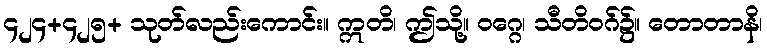
၄၂၄+၄၂၅+ သုတ်လည်းကောင်း။ ဣတိ၊ ဤသို့။ ဝဂ္ဂေ၊ သီတိဝဂ်၌။ တောတာနိ၊